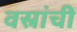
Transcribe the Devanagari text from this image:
वस्रांचीं